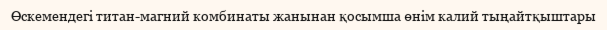
Өскемендегі титан-магний комбинаты жанынан қосымша өнім калий тыңайтқыштары